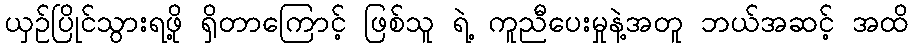
ယှဉ်ပြိုင်သွားရဖို့ ရှိတာကြောင့် ဖြစ်သူ ရဲ့ ကူညီပေးမှုနဲ့အတူ ဘယ်အဆင့် အထိ